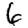
Digit: 6